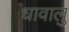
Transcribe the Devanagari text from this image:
धावालु